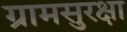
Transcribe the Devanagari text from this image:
ग्रामसुरक्षा